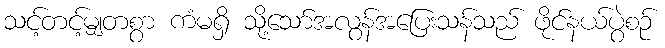
သင့်တင့်မျှတစွာ ကံမရှိ သို့သော်အလွန်အပြေးသန်သည် ဖိုင်နယ်ပွဲစဉ်